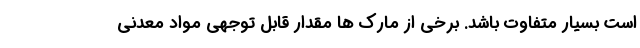
است بسیار متفاوت باشد. برخی از مارک ها مقدار قابل توجهی مواد معدنی